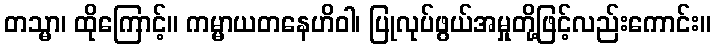
တသ္မာ၊ ထိုကြောင့်။ ကမ္မာယတနေဟိဝါ၊ ပြုလုပ်ဖွယ်အမှုတို့ဖြင့်လည်းကောင်း။